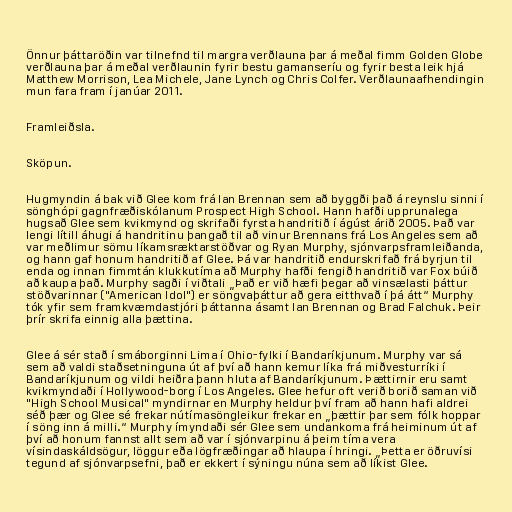
Önnur þáttaröðin var tilnefnd til margra verðlauna þar á meðal fimm Golden Globe
verðlauna þar á meðal verðlaunin fyrir bestu gamanseríu og fyrir besta leik hjá
Matthew Morrison, Lea Michele, Jane Lynch og Chris Colfer. Verðlaunaafhendingin
mun fara fram í janúar 2011.

Framleiðsla.

Sköpun.

Hugmyndin á bak við Glee kom frá Ian Brennan sem að byggði það á reynslu sinni í
sönghópi gagnfræðiskólanum Prospect High School. Hann hafði upprunalega
hugsað Glee sem kvikmynd og skrifaði fyrsta handritið í ágúst árið 2005. Það var
lengi lítill áhugi á handritinu þangað til að vinur Brennans frá Los Angeles sem að
var meðlimur sömu líkamsræktarstöðvar og Ryan Murphy, sjónvarpsframleiðanda,
og hann gaf honum handritið af Glee. Þá var handritið endurskrifað frá byrjun til
enda og innan fimmtán klukkutíma að Murphy hafði fengið handritið var Fox búið
að kaupa það. Murphy sagði í viðtali „Það er við hæfi þegar að vinsælasti þáttur
stöðvarinnar ("American Idol") er söngvaþáttur að gera eitthvað í þá átt“ Murphy
tók yfir sem framkvæmdastjóri þáttanna ásamt Ian Brennan og Brad Falchuk. Þeir
þrír skrifa einnig alla þættina.

Glee á sér stað í smáborginni Lima í Ohio-fylki í Bandaríkjunum. Murphy var sá
sem að valdi staðsetninguna út af því að hann kemur líka frá miðvesturríki í
Bandaríkjunum og vildi heiðra þann hluta af Bandaríkjunum. Þættirnir eru samt
kvikmyndaði í Hollywood-borg í Los Angeles. Glee hefur oft verið borið saman við
"High School Musical" myndirnar en Murphy heldur því fram að hann hafi aldrei
séð þær og Glee sé frekar nútímasöngleikur frekar en „þættir þar sem fólk hoppar
í söng inn á milli.“ Murphy ímyndaði sér Glee sem undankoma frá heiminum út af
því að honum fannst allt sem að var í sjónvarpinu á þeim tíma vera
vísindaskáldsögur, löggur eða lögfræðingar að hlaupa í hringi. „Þetta er öðruvísi
tegund af sjónvarpsefni, það er ekkert í sýningu núna sem að líkist Glee.